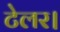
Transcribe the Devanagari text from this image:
टेलर।